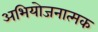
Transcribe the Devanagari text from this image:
अभियोजनात्मक